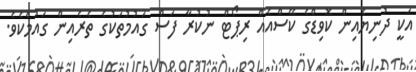
އަކީ ދުނިޔެއިން ކޮވިޑްގެ ކޭސްއެއް ރިޕޯޓް ނުކުރާ ފަސް ގައުމުތަކުގެ ތެރެއިން ގައުމެކެވެ.